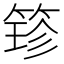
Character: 𮅢